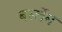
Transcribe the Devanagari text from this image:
बर्स्लेम